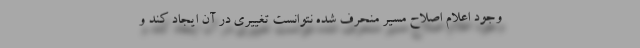
وجود اعلام اصلاح مسیر منحرف شده نتوانست تغییری در آن ایجاد کند و